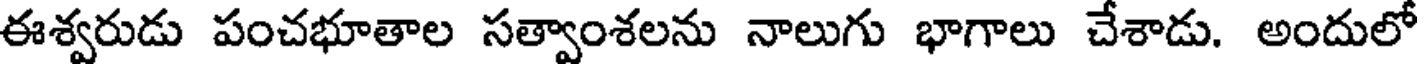
ఈశ్వరుడు పంచభూతాల సత్వాంశలను నాలుగు భాగాలు చేశాడు. అందులో